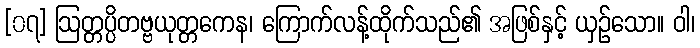
[၀၇] ဩတ္တပ္ပိတဗ္ဗယုတ္တကေန၊ ကြောက်လန့်ထိုက်သည်၏ အဖြစ်နှင့် ယှဉ်သော။ ဝါ၊